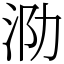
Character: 泐